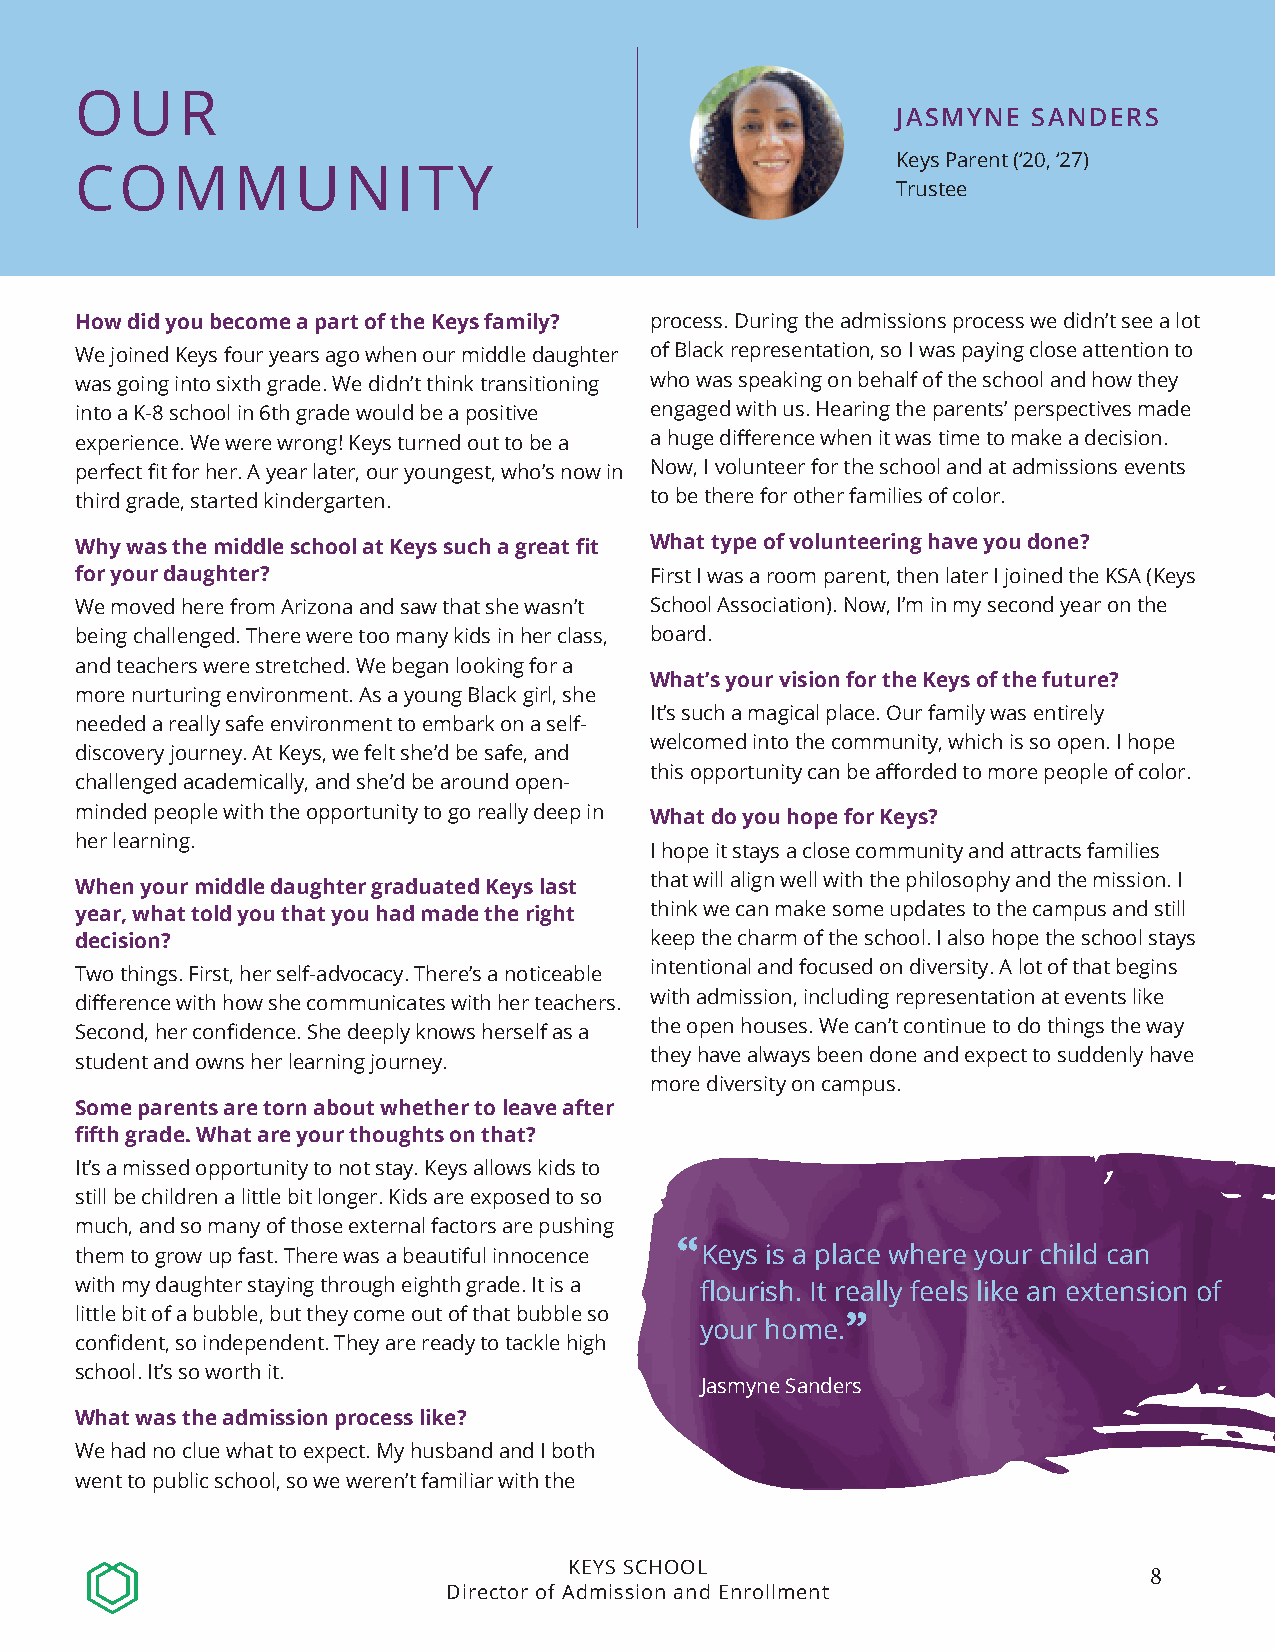
OUR
 JASMYNE  SANDERS
 Keys Parent (‘20, ‘27)
 COMMUNITY
 Trustee
 How did you become a part of the Keys family? process. During the admissions process we didn’t see a lot
 We joined Keys four years ago when our middle daughter of Black representation, so I was paying close attention to
 was going into sixth grade. We didn’t think transitioning who was speaking on behalf of the school and how they
 into a K-8 school in 6th grade would be a positive engaged with us. Hearing the parents’ perspectives made
 experience. We were wrong! Keys turned out to be a a huge difference when it was time to make a decision.
 perfect fit for her. A year later, our youngest, who’s now in Now, I volunteer for the school and at admissions events
 third grade, started kindergarten.    to be there for other families of color.
 Why was the middle school at Keys such a great fit What type of volunteering have you done?
 for your daughter?                    First I was a room parent, then later I joined the KSA (Keys
 We moved here from Arizona and saw that she wasn’t School Association). Now, I’m in my second year on the
 being challenged. There were too many kids in her class, board.
 and teachers were stretched. We began looking for a
 What’s your vision for the Keys of the future?
 more nurturing environment. As a young Black girl, she
 It’s such a magical place. Our family was entirely
 needed a really safe environment to embark on a self-
 welcomed into the community, which is so open. I hope
 discovery journey. At Keys, we felt she’d be safe, and
 this opportunity can be afforded to more people of color.
 challenged academically, and she’d be around open-
 minded people with the opportunity to go really deep in What do you hope for Keys?
 her learning.
 I hope it stays a close community and attracts families
 that will align well with the philosophy and the mission. I
 When your middle daughter graduated Keys last
 year, what told you that you had made the right think we can make some updates to the campus and still
 decision?                             keep the charm of the school. I also hope the school stays
 intentional and focused on diversity. A lot of that begins
 Two things. First, her self-advocacy. There’s a noticeable
 with admission, including representation at events like
 difference with how she communicates with her teachers.
 the open houses. We can’t continue to do things the way
 Second, her confidence. She deeply knows herself as a
 they have always been done and expect to suddenly have
 student and owns her learning journey.
 more diversity on campus.
 Some parents are torn about whether to leave after
 fifth grade. What are your thoughts on that?
 It’s a missed opportunity to not stay. Keys allows kids to
 still be children a little bit longer. Kids are exposed to so
 much, and so many of those external factors are pushing
 them to grow up fast. There was a beautiful innocence “Keys is a place where your child can
 with my daughter staying through eighth grade. It is a flourish. It really feels like an extension of
 little bit of a bubble, but they come out of that bubble so ”
 your home.
 confident, so independent. They are ready to tackle high
 school. It’s so worth it.
 Jasmyne Sanders
 What was the admission process like?
 We had no clue what to expect. My husband and I both
 went to public school, so we weren’t familiar with the
 KEYS SCHOOL
 8
 Director of Admission and Enrollment